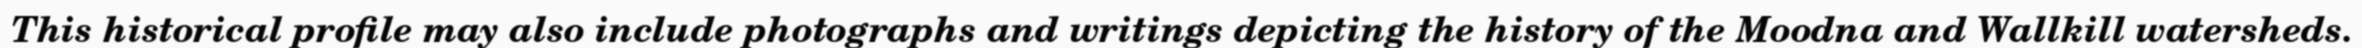
This historical profile may also include photographs and writings depicting the history of the Moodna and Wallkill watersheds.